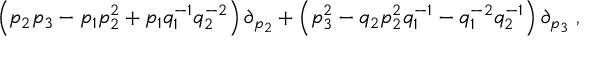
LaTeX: \left( p _ { 2 } p _ { 3 } - p _ { 1 } p _ { 2 } ^ { 2 } + p _ { 1 } q _ { 1 } ^ { - 1 } q _ { 2 } ^ { - 2 } \right) \partial _ { p _ { 2 } } + \left( p _ { 3 } ^ { 2 } - q _ { 2 } p _ { 2 } ^ { 2 } q _ { 1 } ^ { - 1 } - q _ { 1 } ^ { - 2 } q _ { 2 } ^ { - 1 } \right) \partial _ { p _ { 3 } } \; ,